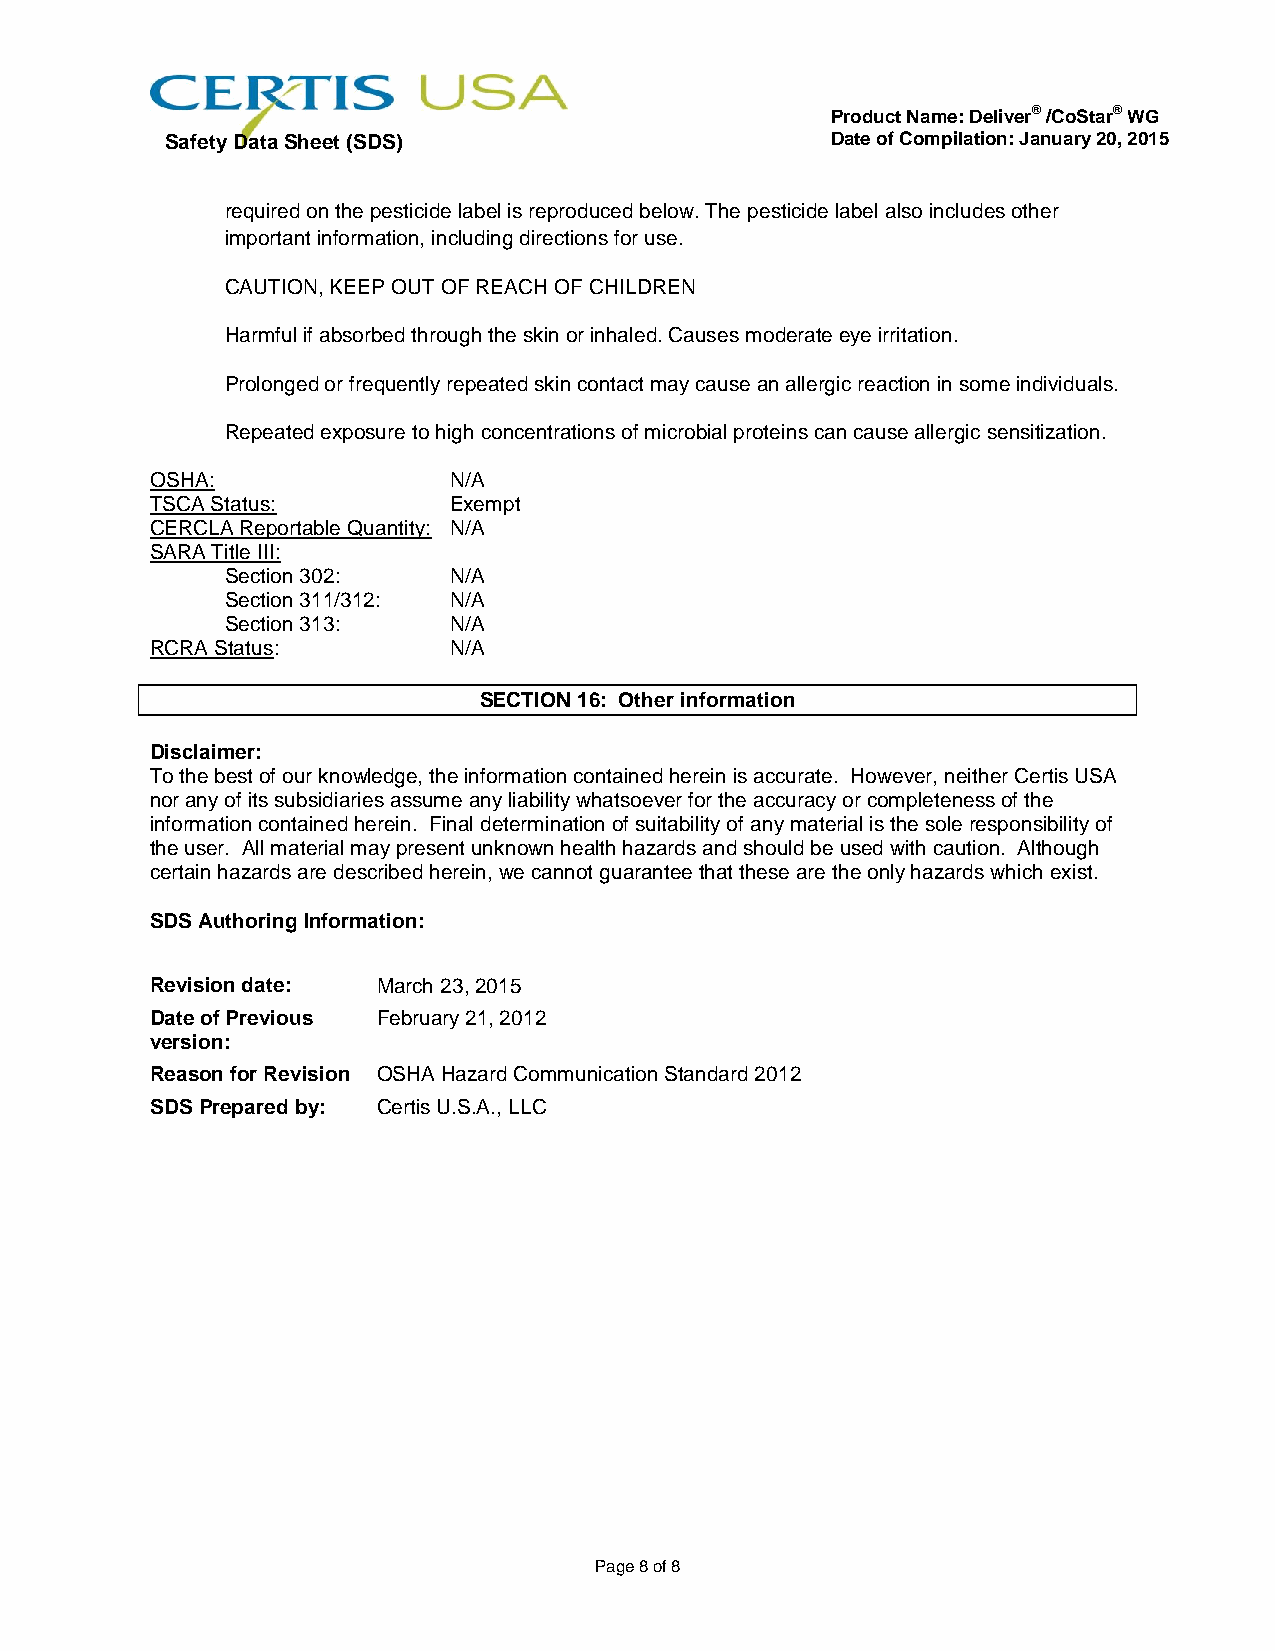
Product Name: Deliver® /CoStar® WG
 Safety Data Sheet (SDS)                     Date of Compilation: January 20, 2015
 required on the pesticide label is reproduced below. The pesticide label also includes other
 important information, including directions for use.
 CAUTION, KEEP OUT OF REACH OF CHILDREN
 Harmful if absorbed through the skin or inhaled. Causes moderate eye irritation.
 Prolonged or frequently repeated skin contact may cause an allergic reaction in some individuals.
 Repeated exposure to high concentrations of microbial proteins can cause allergic sensitization.
 OSHA:               N/A
 TSCA Status:        Exempt
 CERCLA Reportable Quantity: N/A
 SARA Title III:
 Section 302:   N/A
 Section 311/312: N/A
 Section 313:   N/A
 RCRA Status:        N/A
 SECTION 16: Other information
 Disclaimer:
 To the best of our knowledge, the information contained herein is accurate. However, neither Certis USA
 nor any of its subsidiaries assume any liability whatsoever for the accuracy or completeness of the
 information contained herein. Final determination of suitability of any material is the sole responsibility of
 the user. All material may present unknown health hazards and should be used with caution. Although
 certain hazards are described herein, we cannot guarantee that these are the only hazards which exist.
 SDS Authoring Information:
 Revision date: March 23, 2015
 Date of Previous February 21, 2012
 version:
 Reason for Revision OSHA Hazard Communication Standard 2012
 SDS Prepared by: Certis U.S.A., LLC
 Page 8 of 8